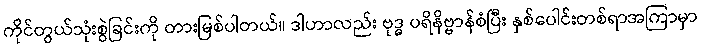
ကိုင်တွယ်သုံးစွဲခြင်းကို တားမြစ်ပါတယ်။ ဒါဟာလည်း ဗုဒ္ဓ ပရိနိဗ္ဗာန်စံပြီး နှစ်ပေါင်းတစ်ရာအကြာမှာ